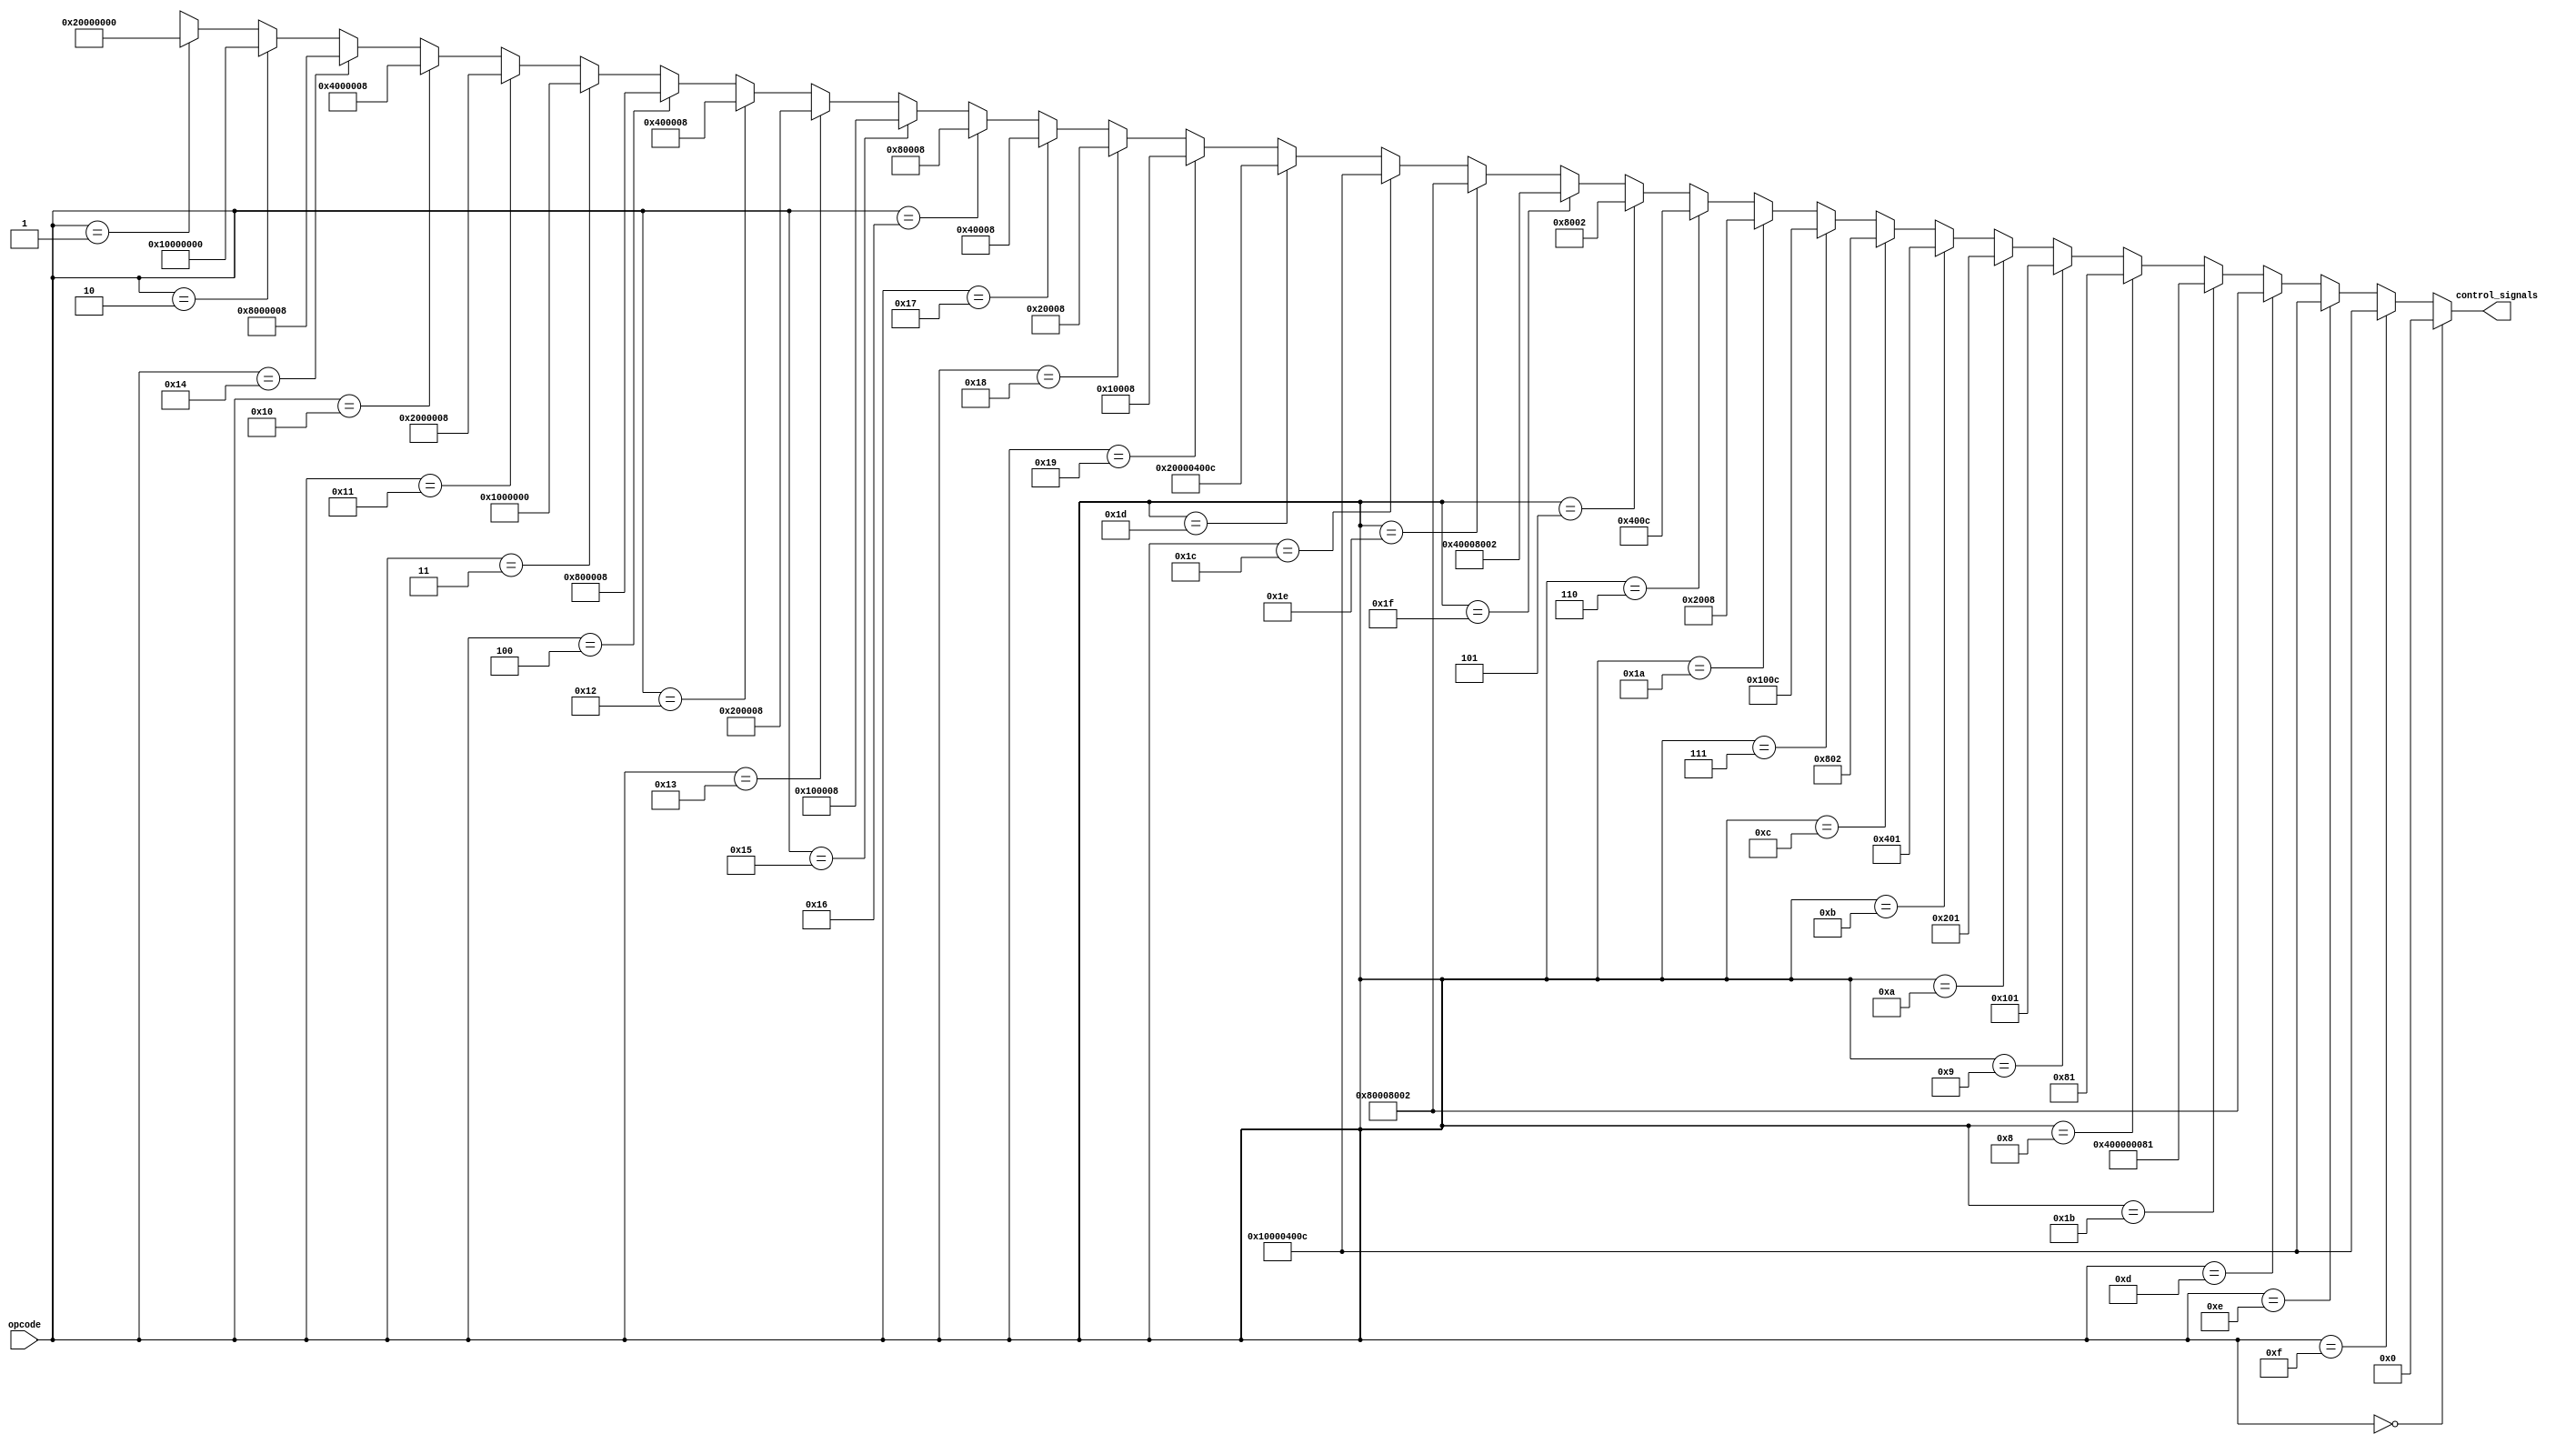
module control_unit(opcode,control_signals);
    input [4:0] opcode; // 5 bit op code coming from the 16 bit instruction

    output [34:0] control_signals; //assuming 8 bit control signal
    /*
    control signals :
    branch = control_signals[0]
    MemWrite = control_signals[1]
    MemRead = control_signals[2]
    WB = control_signals[3]

    RTI = control_signals[4]
    RET = control_signals[5]
    CALL = control_signals[6]
    JMP = control_signals[7]
    JC = control_signals[8]
    JN = control_signals[9]
    JZ = control_signals[10]
    STD = control_signals[11]
    LDD = control_signals[12]
    LDM = control_signals[13]
    POP = control_signals[14]
    PUSH = control_signals[15]
    SHR = control_signals[16]
    SHL = control_signals[17]
    OR = control_signals[18]
    AND = control_signals[19]
    SUB = control_signals[20]
    ADD = control_signals[21]
    MOV = control_signals[22]
    IN = control_signals[23]
    OUT = control_signals[24]
    DEC = control_signals[25]
    INC = control_signals[26]
    NOT = control_signals[27]
    CLRC = control_signals[28]
    SETC = control_signals[29]
    PUSH_PC = control_signals[30]
    PUSH_FLAGS = control_signals[31]
    POP_PC = control_signals[32]
    POP_FLAGS = control_signals[33]
    JMP_CAll = control_signals[34]
    */

    assign control_signals = 
                        //    32|  28|  24|  20|  16|  12|   8|   4|   0| 
    (opcode == 5'b00000)? 35'b00_0000_0000_0000_0000_0000_0000_0000_0000:                  // NOP
    (opcode == 5'b01111)? 35'b001_0000_0000_0000_0000_0100_0000_0000_1100:                  // RTI : rti -> pop pc
    // (opcode == 5'b01110)? 35'b00_0000_0000_0000_0000_0000_0000_0010_0000:                  // RET : ret
    (opcode == 5'b01110)? 35'b001_0000_0000_0000_0000_0100_0000_0000_1100:                  // RET : ret ->pop Pc
    // (opcode == 5'b01101)? 35'b00_0000_0000_0000_0000_0000_0000_0100_0000:                  // CALL : call 
    (opcode == 5'b01101)? 35'b00_1000_0000_0000_0000_1000_0000_0000_0010:                  // CALL : call -> push flags

    (opcode == 5'b11011)? 35'b100_0000_0000_0000_0000_0000_0000_1000_0001:                  // JMP_CAll : jmp + branch + JMP_CAll
    (opcode == 5'b01000)? 35'b00_0000_0000_0000_0000_0000_0000_1000_0001:                  // JMP : jmp + branch
    (opcode == 5'b01001)? 35'b00_0000_0000_0000_0000_0000_0001_0000_0001:                  // JC : jc + branch 
    (opcode == 5'b01010)? 35'b00_0000_0000_0000_0000_0000_0010_0000_0001:                  // JN : jn + branch 
    (opcode == 5'b01011)? 35'b00_0000_0000_0000_0000_0000_0100_0000_0001:                  // JZ : jz + branch 

    (opcode == 5'b01100)? 35'b00_0000_0000_0000_0000_0000_1000_0000_0010:                  // STD : std + memWrite
    (opcode == 5'b00111)? 35'b00_0000_0000_0000_0000_0001_0000_0000_1100:                  // LDD : ldd + memread + WB
    (opcode == 5'b11010)? 35'b00_0000_0000_0000_0000_0010_0000_0000_1000:                  // LDM : ldm + WB    

    (opcode == 5'b00110)? 35'b00_0000_0000_0000_0000_0100_0000_0000_1100:                  // POP : pop + WB + memread
    (opcode == 5'b00101)? 35'b00_0000_0000_0000_0000_1000_0000_0000_0010:                  // PUSH : push + memWrite

    (opcode == 5'b11111)? 35'b000_0100_0000_0000_0000_1000_0000_0000_0010:                  // PUSH PC : PUSH PC + push + memWrite
    (opcode == 5'b11110)? 35'b000_1000_0000_0000_0000_1000_0000_0000_0010:                  // PUSH FLAGS : PUSH FLAGS + push + memWrite
    (opcode == 5'b11100)? 35'b001_0000_0000_0000_0000_0100_0000_0000_1100:                  // POP PC : POP PC + pop + WB + memread
    (opcode == 5'b11101)? 35'b010_0000_0000_0000_0000_0100_0000_0000_1100:                  // POP FLAGS : POP FLAGS + pop + WB + memread

    (opcode == 5'b11001)? 35'b00_0000_0000_0000_0001_0000_0000_0000_1000:                  // SHR : shr + regWrite         
    (opcode == 5'b11000)? 35'b00_0000_0000_0000_0010_0000_0000_0000_1000:                  // SHL : shl + regWrite         
    (opcode == 5'b10111)? 35'b00_0000_0000_0000_0100_0000_0000_0000_1000:                  // OR  : or + regWrite     
    (opcode == 5'b10110)? 35'b00_0000_0000_0000_1000_0000_0000_0000_1000:                  // AND : and + regWrite         
    (opcode == 5'b10101)? 35'b00_0000_0000_0001_0000_0000_0000_0000_1000:                  // SUB : sub + regWrite  
    (opcode == 5'b10011)? 35'b00_0000_0000_0010_0000_0000_0000_0000_1000:                  // ADD : add + regWrite         
    (opcode == 5'b10010)? 35'b00_0000_0000_0100_0000_0000_0000_0000_1000:                  // MOV : mov + regWrite 
    (opcode == 5'b00100)? 35'b00_0000_0000_1000_0000_0000_0000_0000_1000:                  // IN  : in + regWrite         
    (opcode == 5'b00011)? 35'b00_0000_0001_0000_0000_0000_0000_0000_0000:                  // OUT : out         
    (opcode == 5'b10001)? 35'b00_0000_0010_0000_0000_0000_0000_0000_1000:                  // DEC : dec + regWrite
    (opcode == 5'b10000)? 35'b00_0000_0100_0000_0000_0000_0000_0000_1000:                  // INC : inc + regWrite
    (opcode == 5'b10100)? 35'b00_0000_1000_0000_0000_0000_0000_0000_1000:                  // NOT : not + regWrite
    (opcode == 5'b00010)? 35'b00_0001_0000_0000_0000_0000_0000_0000_0000:                  // CLRC : clrc 
    (opcode == 5'b00001)? 35'b00_0010_0000_0000_0000_0000_0000_0000_0000:35'bx;            // SETC : setc 
endmodule